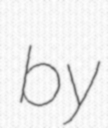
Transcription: by